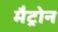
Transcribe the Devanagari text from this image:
मैट्रोन